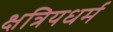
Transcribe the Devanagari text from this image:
क्षत्रियधर्म